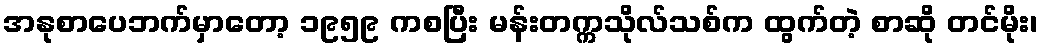
အနုစာပေဘက်မှာတော့ ၁၉၅၉ ကစပြီး မန်းတက္ကသိုလ်သစ်က ထွက်တဲ့ စာဆို တင်မိုး၊